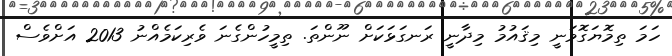
ހަމަ ތިމޮޔަގޮވަނީ މިޤައުމު މިދާނީ ރަނގަޅަކަށް ނޫންތަ. ތިމީހުންގެނަ ވެރިކަމެއްނު 2013 އަށްވެސް